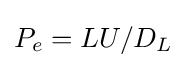
P_{e}=LU/D_{L}